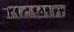
۳۹م۹۵۹۴۳